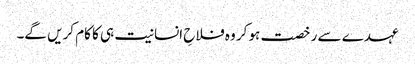
عہدے سے رخصت ہو کر وہ فلاحِ انسانیت ہی کا کام کریں گے۔